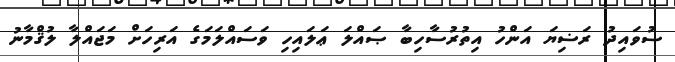
ސުވައިދު ރަޟިޔަ އަންހު އިތުރުސާހިބާ ޞައްލަ ޢަލައިހި ވަސައްލަމަގެ އަރިހަށް މަޖައްލާ ލުޤްމާނު